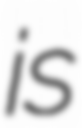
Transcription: is